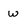
Character: W